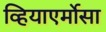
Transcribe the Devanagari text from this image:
व्हियाएर्मोसा